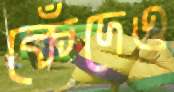
কেঁদেও